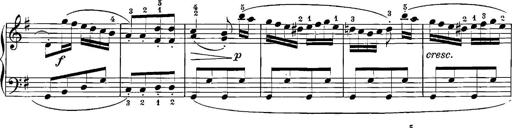
Title: 12 Sonatinas
Composer: Ignaz Pleyel